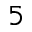
5